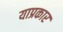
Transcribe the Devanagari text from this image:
याप्रकार